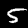
Label: 5